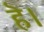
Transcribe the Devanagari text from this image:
हॆ।